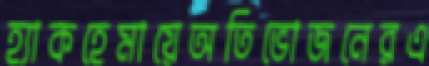
হ্যাকহেমায়েঅতিভোজনেরএ